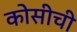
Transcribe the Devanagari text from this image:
कोसीची